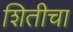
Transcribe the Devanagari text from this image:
शितीचा